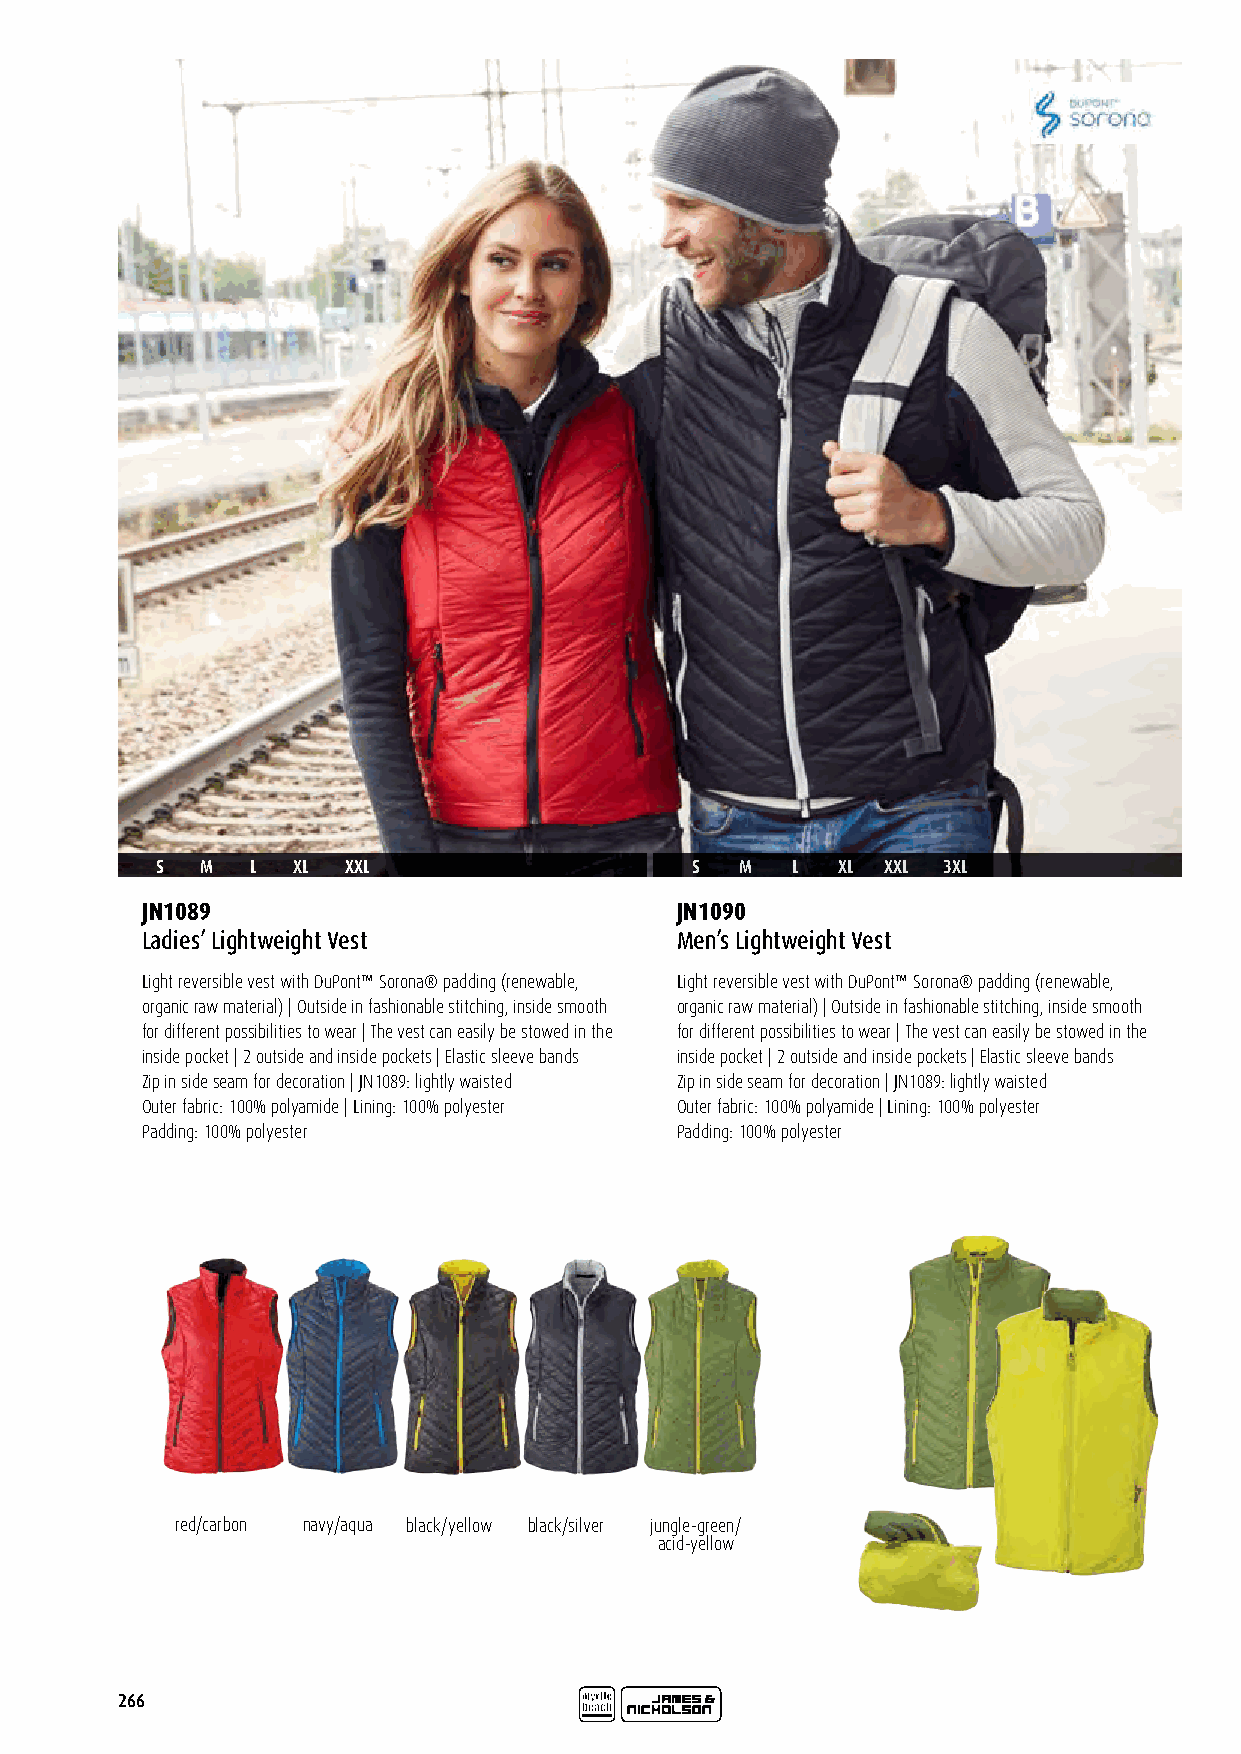
S  M   L XL  XXL                    S  M  L  XL  XXL 3XL
 JN1089                              JN1090
 Ladies’ Lightweight Vest            Men’s Lightweight Vest
 Light reversible vest with DuPont™ Sorona® padding (renewable, Light reversible vest with DuPont™ Sorona® padding (renewable,
 organic raw material) | Outside in fashionable stitching, inside smooth organic raw material) | Outside in fashionable stitching, inside smooth
 for different possibilities to wear | The vest can easily be stowed in the for different possibilities to wear | The vest can easily be stowed in the
 inside pocket | 2 outside and inside pockets | Elastic sleeve bands inside pocket | 2 outside and inside pockets | Elastic sleeve bands
 Zip in side seam for decoration | JN1089: lightly waisted Zip in side seam for decoration | JN1089: lightly waisted
 Outer fabric: 100% polyamide | Lining: 100% polyester Outer fabric: 100% polyamide | Lining: 100% polyester
 Padding: 100% polyester             Padding: 100% polyester
 red/carbon navy/aqua black/yellow black/silver jungle-green/
 acid-yellow
 266